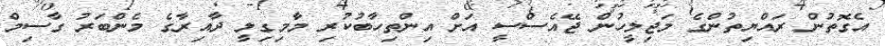
އެގޮތުން ރައްޔިތުންގެ މަޖިލީހުން ޖޭއެސްސީ އަށް އިންތިހާބުކުރި މާމިގިލީ ދާއިރާގެ މެންބަރު ގާސިމް